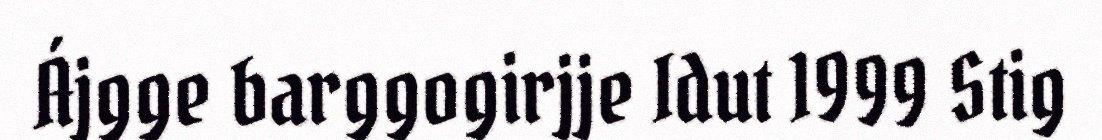
Ájgge barggogirjje Idut 1999 Stig